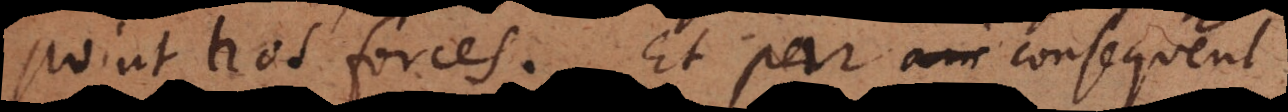
point nos forces. Et par consequent